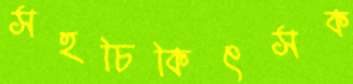
সহচিকিৎসক